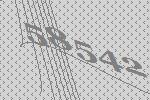
58542